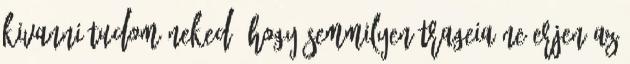
kivanni tudom neked, hogy semmilyen trageia ne erjen az